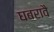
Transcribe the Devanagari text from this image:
घबरावै